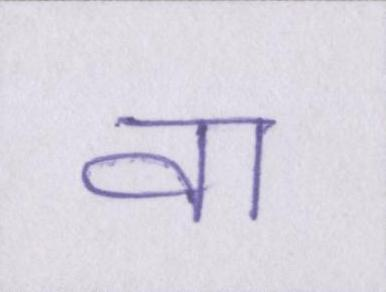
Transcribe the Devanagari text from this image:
वा